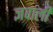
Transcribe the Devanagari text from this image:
ज्ञवाली